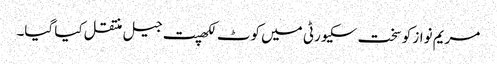
مریم نواز کو سخت سکیورٹی میں کوٹ لکھپت جیل منتقل کیا گیا۔